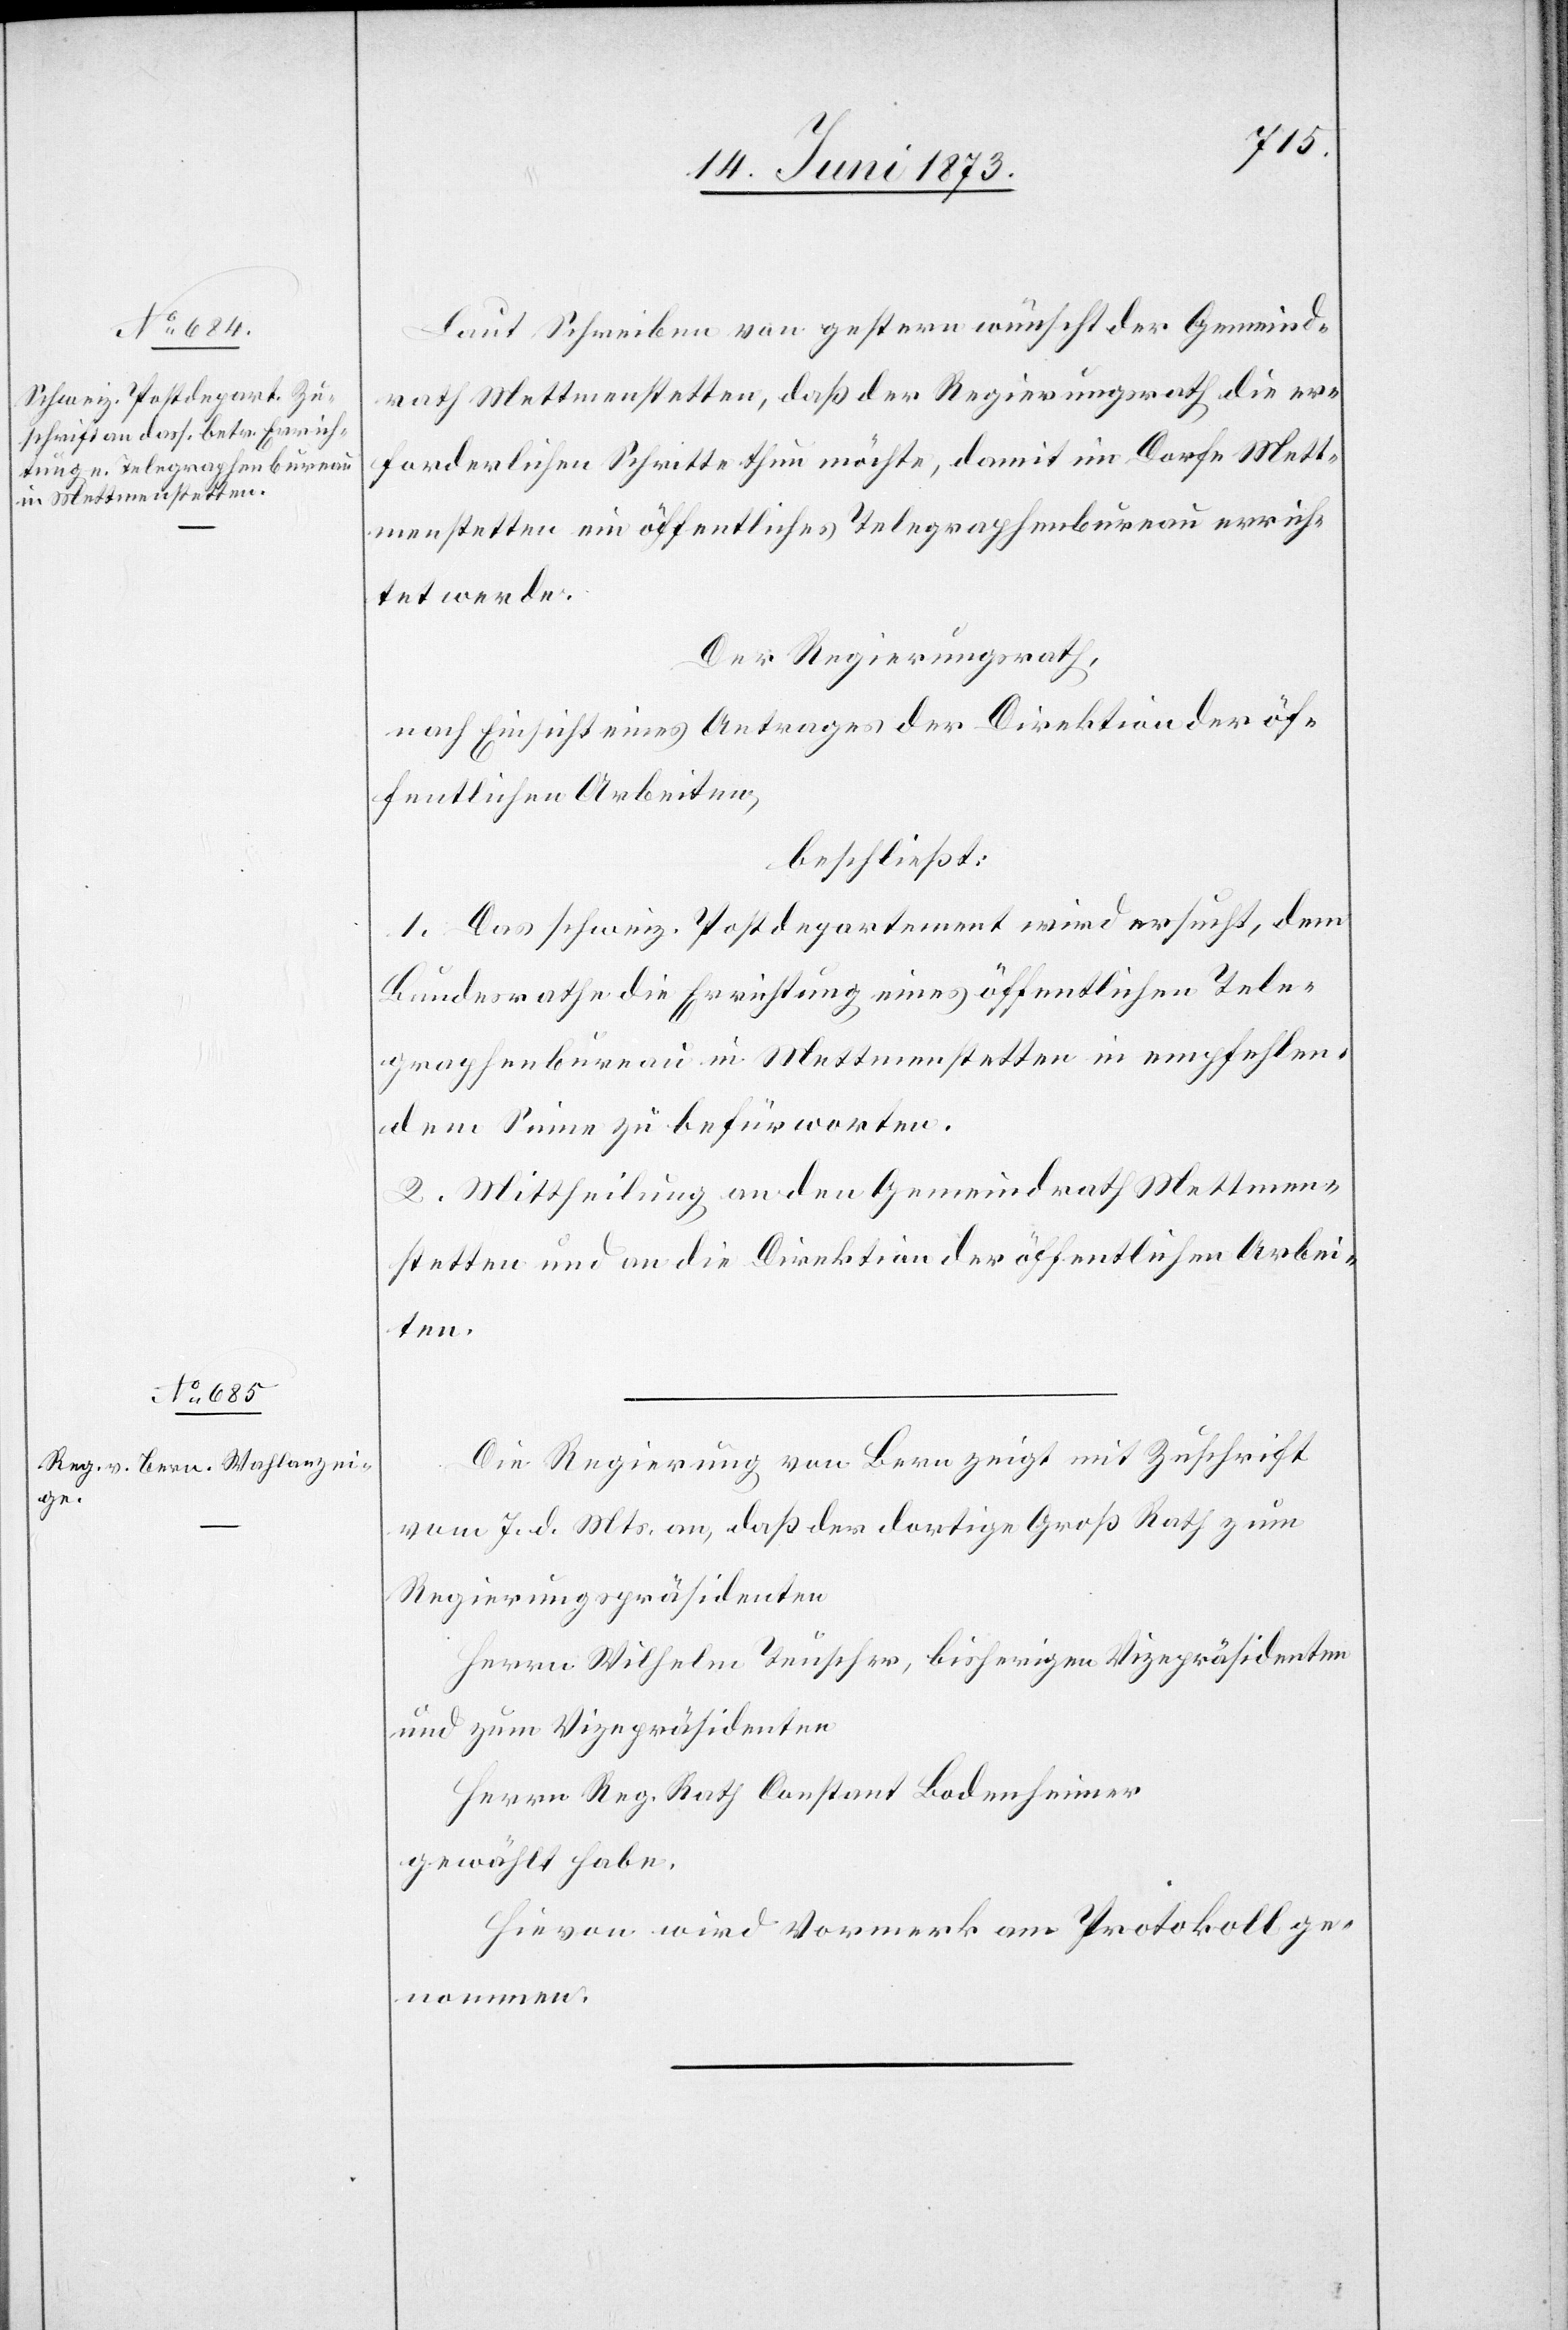
Laut Schreiben von gestern wünscht der Gemeind¬
rath Mettmenstetten, daß der Regierungsrath die er¬
forderlichen Schritte thun möchte, damit im Dorfe Mett¬
menstetten ein öffentliches Telegraphenbureau errich¬
tet werde.
Der Regierungsrath,
nach Einsicht eines Antrages der Direktion der öf¬
fentlichen Arbeiten,
beschließt:
1. Das schweiz. Postdepartement wird ersucht, dem
Bundesrathe die Errichtung eines öffentlichen Tele¬
graphenbureau in Mettmenstetten in empfehlen¬
dem Sinne zu befürworten.
2. Mittheilung an den Gemeindrath Mettmen¬
stetten und an die Direktion der öffentlichen Arbei¬
ten.
Die Regierung von Bern zeigt mit Zuschrift
vom 7. d. Mts. an, daß der dortige Groß Rath zum
Regierungspräsidenten
Herrn Wilhelm Teuscher, bisherigen Vizepräsidenten
und zum Vizepräsidenten
Herrn Reg. Rath Constant Bodenheimer
gewählt habe.
Hievon wird Vormerk am Protokoll ge¬
nommen.